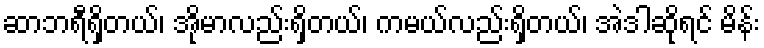
ဆာဘရီရှိတယ်၊ အိုမာလည်းရှိတယ်၊ ကမယ်လည်းရှိတယ်၊ အဲဒါဆိုရင် မိန်း